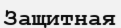
Защитная